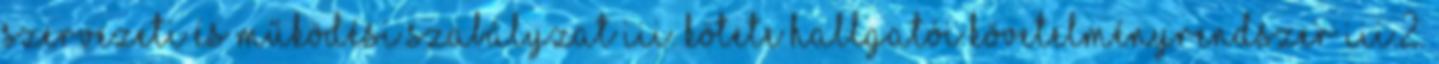
Szervezeti és Működési Szabályzat III. KÖTETE HALLGATÓI KÖVETELMÉNYRENDSZER III.2.